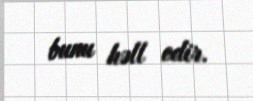
bunu həll edir.